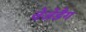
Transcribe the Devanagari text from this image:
वेजेडैग